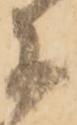
に